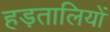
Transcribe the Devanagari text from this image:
हड़तालियों